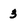
Character: 3